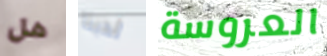
هل لدينا العروسة